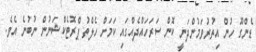
ޑެންގޫ ހުން އިތުރުވަމުންދަނީ ކޮން ސަރަހައްދެއްގައި ކަމަށް ހެލްތު ޕްރޮޓެކްޝަނުން ނުބުނެ އެވެ.